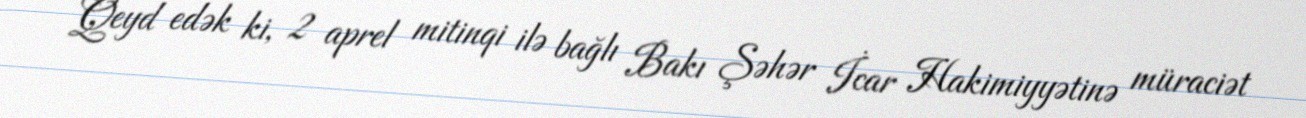
Qeyd edək ki, 2 aprel mitinqi ilə bağlı Bakı Şəhər İcar Hakimiyyətinə müraciət